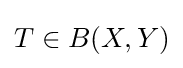
T\in B(X,Y)